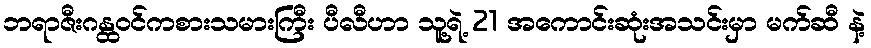
ဘရာဇီးဂန္ထဝင်ကစားသမားကြီး ပီလီဟာ သူ့ရဲ့ 21 အကောင်းဆုံးအသင်းမှာ မက်ဆီ နဲ့